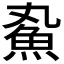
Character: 𬵄